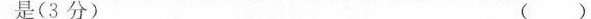
是（3分）（）